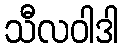
သီလဝါဒါ